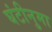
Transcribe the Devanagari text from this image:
घंटीनुमा